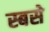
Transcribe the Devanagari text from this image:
स्बसे